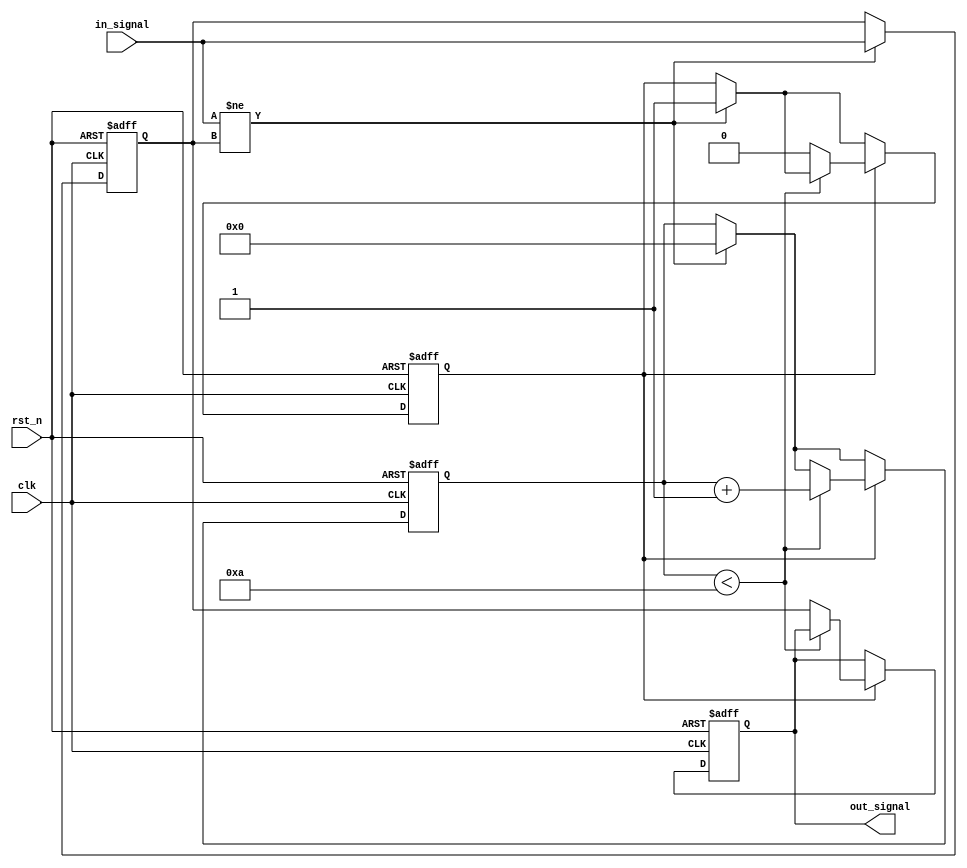
module Delay #(parameter DELAY_DURATION = 10) (
    input wire clk,            // Clock signal
    input wire rst_n,         // Active low reset
    input wire in_signal,     // Input signal
    output reg out_signal     // Delayed output signal
);

    reg [31:0] counter;       // Counter for delay duration
    reg in_signal_reg;        // Register to hold the input signal
    reg delay_active;         // Flag to indicate if delay is active

    always @(posedge clk or negedge rst_n) begin
        if (!rst_n) begin
            out_signal <= 1'b0;      // Reset output signal
            counter <= 0;            // Reset counter
            in_signal_reg <= 1'b0;   // Reset input register
            delay_active <= 1'b0;     // Reset delay active flag
        end else begin
            if (in_signal != in_signal_reg) begin
                // Input signal has changed, start the delay
                in_signal_reg <= in_signal; // Update the input register
                counter <= 0;                // Reset counter
                delay_active <= 1'b1;        // Activate delay
            end
            
            if (delay_active) begin
                if (counter < DELAY_DURATION) begin
                    counter <= counter + 1; // Increment counter
                end else begin
                    out_signal <= in_signal_reg; // Update output after delay
                    delay_active <= 1'b0;        // Deactivate delay
                end
            end
        end
    end

endmodule